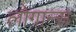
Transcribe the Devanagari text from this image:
लोगान्स